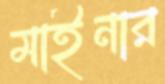
মাইনার